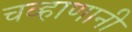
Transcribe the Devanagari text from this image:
चव्हाणानी